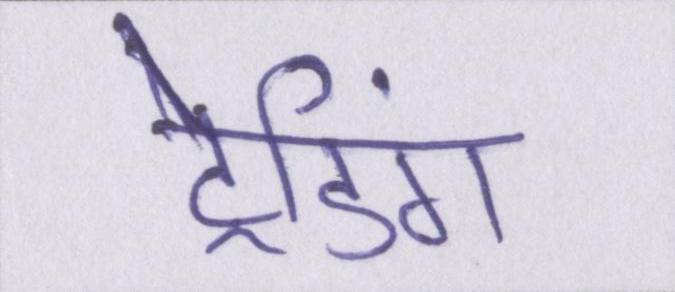
ट्रेडिंग